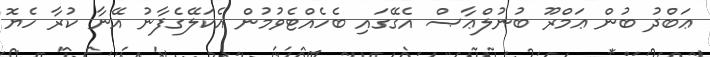
ޢަބްދު ބުން ޢަމްރޫ ބުނުލްޢާޞް އެގޭގައި ބެހެއްޓެވުމުން އެކަލޭގެފާނު އޭނާ ކުރާ ހެޔޮ